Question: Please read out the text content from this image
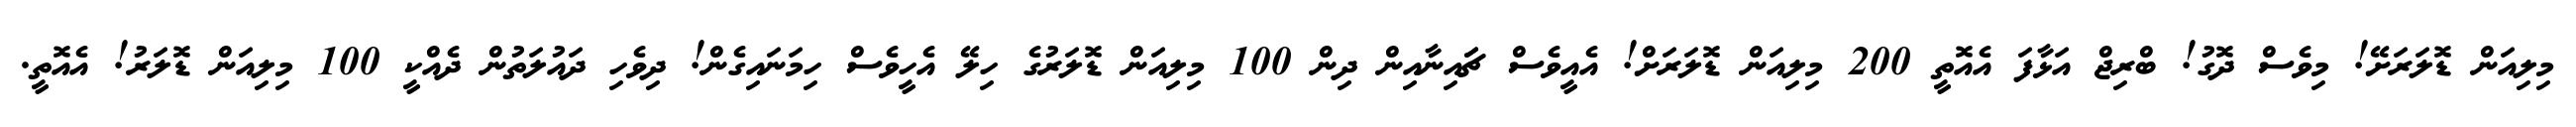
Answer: މިލިއަން ޑޮލަރަށޭ! މިވެސް ދޮގު! ބްރިޖް އަޅާފަ އެއޮތީ 200 މިލިއަން ޑޮލަރަށް! އެއީވެސް ޗަައިނާއިން ދިން 100 މިލިއަން ޑޮލަރުގެ ހިލޭ އެހީވެސް ހިމަނައިގެން! ދިވެހި ދައުލަތުން ދެއްކީ 100 މިލިއަން ޑޮލަރު! އެއޮތީ.